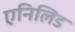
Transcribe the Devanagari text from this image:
एनिलिड